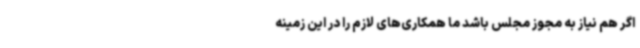
اگر هم نیاز به مجوز مجلس باشد ما همکاری‌های لازم را در این زمینه